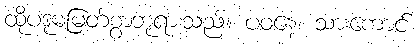
ထိုပဒုမမြတ်စွာဘုရားသည်။ ပဝနေ၊ သားကောင်